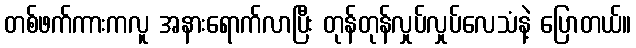
တစ်ဖက်ကားကလူ အနားရောက်လာပြီး တုန်တုန်လှုပ်လှုပ်လေသံနဲ့ ပြောတယ်။